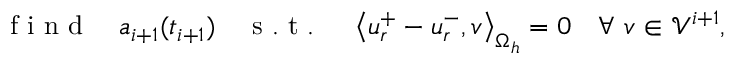
\mathrm { ~ f ~ i ~ n ~ d ~ } \quad \boldsymbol { a } _ { i + 1 } ( t _ { i + 1 } ) \quad \mathrm { ~ s ~ . ~ t ~ . ~ } \quad \left< \boldsymbol { u } _ { r } ^ { + } - \boldsymbol { u } _ { r } ^ { - } , \boldsymbol { v } \right> _ { \Omega _ { h } } = 0 \quad \forall \mathrm { ~ } \boldsymbol { v } \in \mathcal { V } ^ { i + 1 } ,